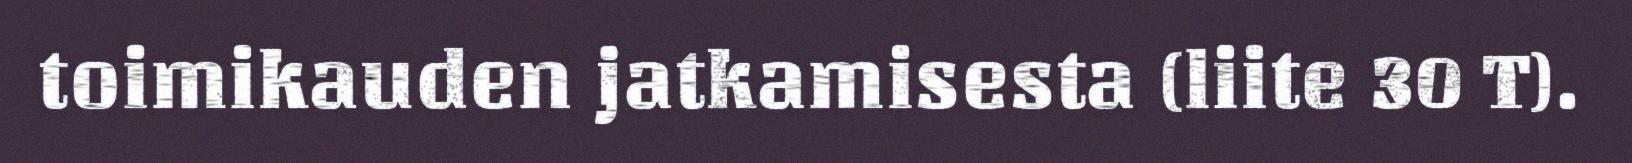
toimikauden jatkamisesta (liite 30 T).